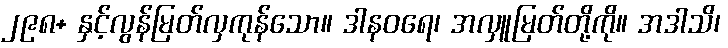
၂၉၈+ နှင့်လွန်မြတ်လှကုန်သော။ ဒါနဝရေ၊ အလှူမြတ်တို့ကို။ အဒါသိ၊